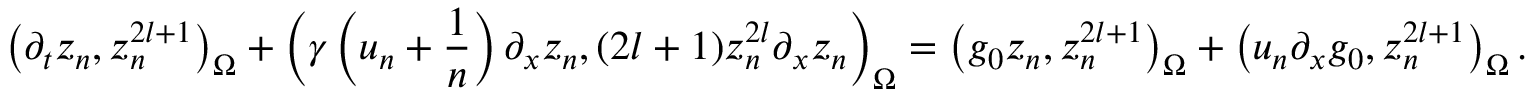
\left( \partial _ { t } z _ { n } , z _ { n } ^ { 2 l + 1 } \right) _ { \Omega } + \left( \gamma \left( u _ { n } + \frac { 1 } { n } \right) \partial _ { x } z _ { n } , ( 2 l + 1 ) z _ { n } ^ { 2 l } \partial _ { x } z _ { n } \right) _ { \Omega } = \left( g _ { 0 } z _ { n } , z _ { n } ^ { 2 l + 1 } \right) _ { \Omega } + \left( u _ { n } \partial _ { x } g _ { 0 } , z _ { n } ^ { 2 l + 1 } \right) _ { \Omega } .